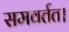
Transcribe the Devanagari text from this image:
समवर्तत।